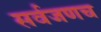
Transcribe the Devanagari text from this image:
सर्वजणच